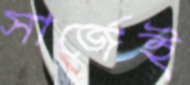
সার্জেই